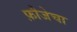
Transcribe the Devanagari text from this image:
फ़ौजेचा